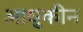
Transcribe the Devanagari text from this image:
आधुकीन